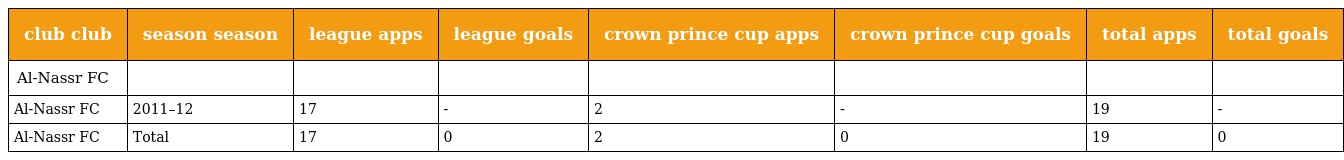
| club club | season season | league apps | league goals | crown prince cup apps | crown prince cup goals | total apps | total goals |
 | --- | --- | --- | --- | --- | --- | --- | --- |
 | Al-Nassr FC |  |  |  |  |  |  |  |
 | Al-Nassr FC | 2011–12 | 17 | - | 2 | - | 19 | - |
 | Al-Nassr FC | Total | 17 | 0 | 2 | 0 | 19 | 0 |